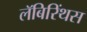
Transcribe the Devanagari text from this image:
लॅबिरिंथस